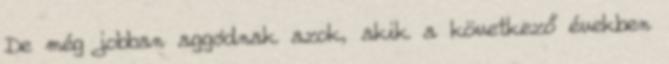
De még jobban aggódnak azok, akik a következő években